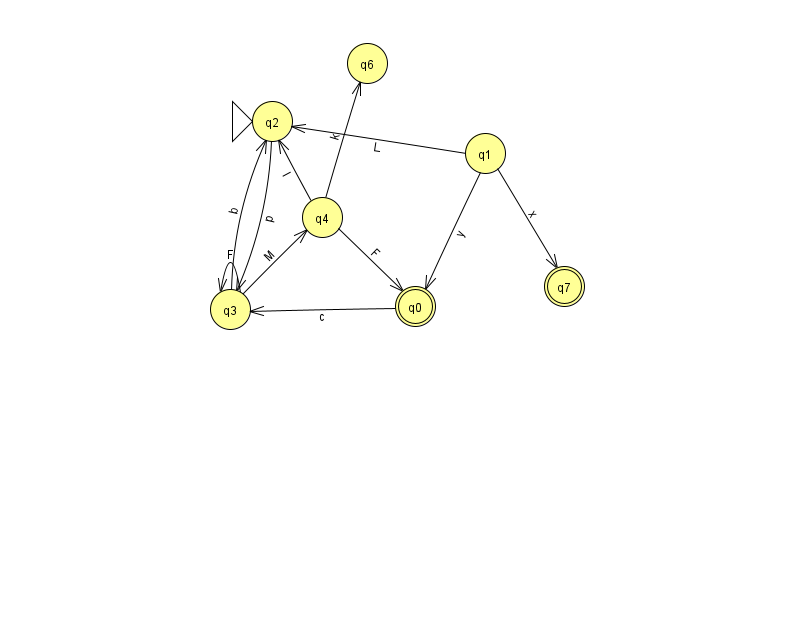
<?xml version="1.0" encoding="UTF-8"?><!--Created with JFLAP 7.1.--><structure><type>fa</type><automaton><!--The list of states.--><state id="0" name="q0"><x>415.0</x><y>293.0</y><final/></state><state id="1" name="q1"><x>485.0</x><y>140.0</y></state><state id="2" name="q2"><x>272.0</x><y>108.0</y><initial/></state><state id="3" name="q3"><x>230.0</x><y>296.0</y></state><state id="4" name="q4"><x>322.0</x><y>204.0</y></state><state id="6" name="q6"><x>367.0</x><y>50.0</y></state><state id="7" name="q7"><x>564.0</x><y>273.0</y><final/></state><!--The list of transitions.--><transition><from>1</from><to>0</to><read>y</read></transition><transition><from>1</from><to>2</to><read>L</read></transition><transition><from>1</from><to>7</to><read>x</read></transition><transition><from>3</from><to>2</to><read>b</read></transition><transition><from>3</from><to>4</to><read>M</read></transition><transition><from>2</from><to>3</to><read>p</read></transition><transition><from>0</from><to>3</to><read>c</read></transition><transition><from>3</from><to>3</to><read>F</read></transition><transition><from>4</from><to>2</to><read>I</read></transition><transition><from>4</from><to>6</to><read>k</read></transition><transition><from>4</from><to>0</to><read>F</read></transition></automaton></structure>